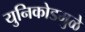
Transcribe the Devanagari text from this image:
युनिकोडमुळे